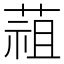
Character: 䔃